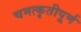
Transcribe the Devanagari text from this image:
चमत्कृतीपूर्ण